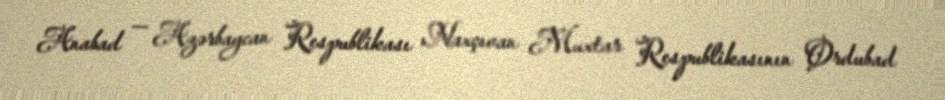
Anabad — Azərbaycan Respublikası Naxçıvan Muxtar Respublikasının Ordubad